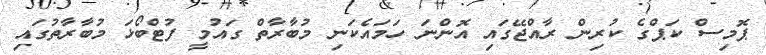
ޕޮމިސް ކަޕްގެ ކުރިން ރާއްޖޭގައި އޮންނަ ހަމައެކަނި މުބާރާތް ގައުމީ ފުޓްބޯޅަ މުބާރާތުގައި